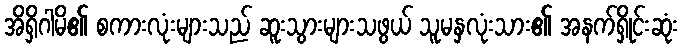
အိရှိဂါမိ၏ စကားလုံးများသည် ဆူးသွားများသဖွယ် သူမနှလုံးသား၏ အနက်ရှိုင်းဆုံး